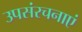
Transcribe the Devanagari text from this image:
उपसंरचनाएं